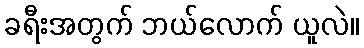
ခရီးအတွက် ဘယ်လောက် ယူလဲ။